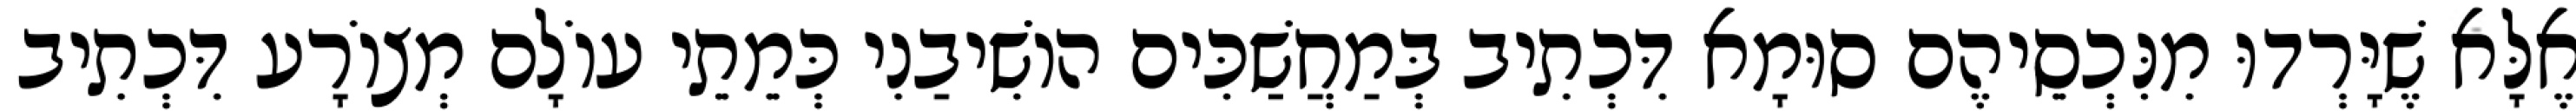
אֶלָּא שֶׁיָּרְדוּ מִנִּכְסֵיהֶם סוּמָא דִּכְתִיב בְּמַחֲשַׁכִּים הוֹשִׁיבַנִי כְּמֵתֵי עוֹלָם מְצוֹרָע דִּכְתִיב